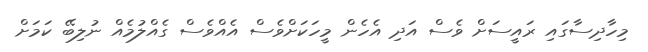
މިހާދިސާގައި ރައީސަށް ވެސް އަދި އެހެން މީހަކަށްވެސް އެއްވެސް ގެއްލުމެއް ނުލިބޭ ކަމަށް